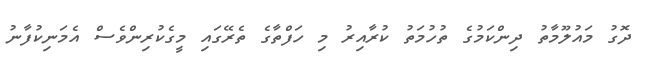
ދޮގު މައުލޫމާތު ދިންކަމުގެ ތުހުމަތު ކުރާއިރު މި ހަފްތާގެ ތެރޭގައި މީގެކުރިންވެސް އެމަނިކުފާނު